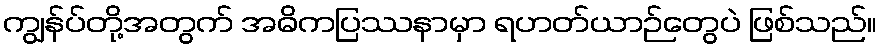
ကျွန်ပ်တို့အတွက် အဓိကပြဿနာမှာ ရဟတ်ယာဉ်တွေပဲ ဖြစ်သည်။